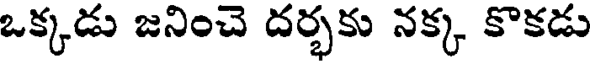
ఒక్కడు జనించె దర్భకు నక్క కొకడు